Indian journal of veterinary science and animal husbandry - Volume 1,
Year: 1931
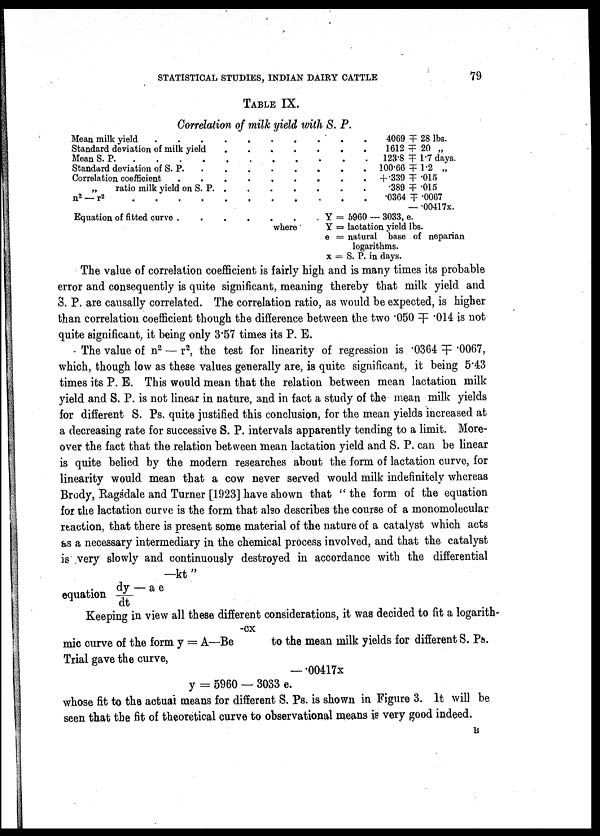
STATISTICAL STUDIES, INDIAN DAIRY CATTLE
79
TABLE IX.
Correlation of milk yield with S. P.
Mean milk yield
Standard deviation of milk yield
Mean S. P. . . .
Standard deviation of S. P.
Correlation coefficient
„
ratio milk yield on S. P.
n 2 — r 2
Equation of fitted curve .
.
.
.
.
.
.
.
.
.
.
.
.
.
.
.
.
.
.
.
.
.
.
.
.
.
.
.
.
.
.
.
.
where
.
.
.
.
.
.
.
.
.
.
.
.
.
.
4069 ╤ 28 lbs.
1612 ╤ 20 „
123.8 ╤ 1.7 days.
100.66 ╤ 1.2 „
+ .339 ╤ .015
.389 ╤ .015
.0364 ╤ .0067
—.00417x.
Y = 5960 - 3033, e.
Y = lactation yield lbs.
e = natural base of neparian
logarithms.
x = S. P. in days.
The value of correlation coefficient is fairly high and is many times its probable
error and consequently is quite significant, meaning thereby that milk yield and
S. P. are causally correlated. The correlation ratio, as would be expected, is higher
than correlation coefficient though the difference between the two .050 ╤ .014 is not
quite significant, it being only 3.57 times its P. E.
The value of n 2 — r 2 , the test for linearity of regression is .0364 ╤ .0067,
which, though low as these values generally are, is quite significant, it being 5.43
times its P. E. This would mean that the relation between mean lactation milk
yield and S. P. is not linear in nature, and in fact a study of the mean milk yields
for different S. Ps. quite justified this conclusion, for the mean yields increased at
a decreasing rate for successive S. P. intervals apparently tending to a limit. More
over the fact that the relation between mean lactation yield and S. P. can be linear
is quite belied by the modern researches about the form of lactation curve, for
linearity would mean that a cow never served would milk indefinitely whereas
Brody, Ragsdale and Turner [1923] have shown that " the form of the equation
for the lactation curve is the form that also describes the course of a monomolecular
reaction, that there is present some material of the nature of a catalyst which acts
as a necessary intermediary in the chemical process involved, and that the catalyst
is very slowly and continuously destroyed in accordance with the differential
—kt "
equation dy/dt - a e
Keeping in view all these different considerations, it was decided to fit a logarith-
-cx
mic curve of the form y = A—Be
to the mean milk yields for different S. Ps.
Trial gave the curve,
—.00417x
y = 5960 — 3033 e.
whose fit to the actual means for different S. Ps. is shown in Figure 3. It will be
seen that the fit of theoretical curve to observational means is very good indeed.
B